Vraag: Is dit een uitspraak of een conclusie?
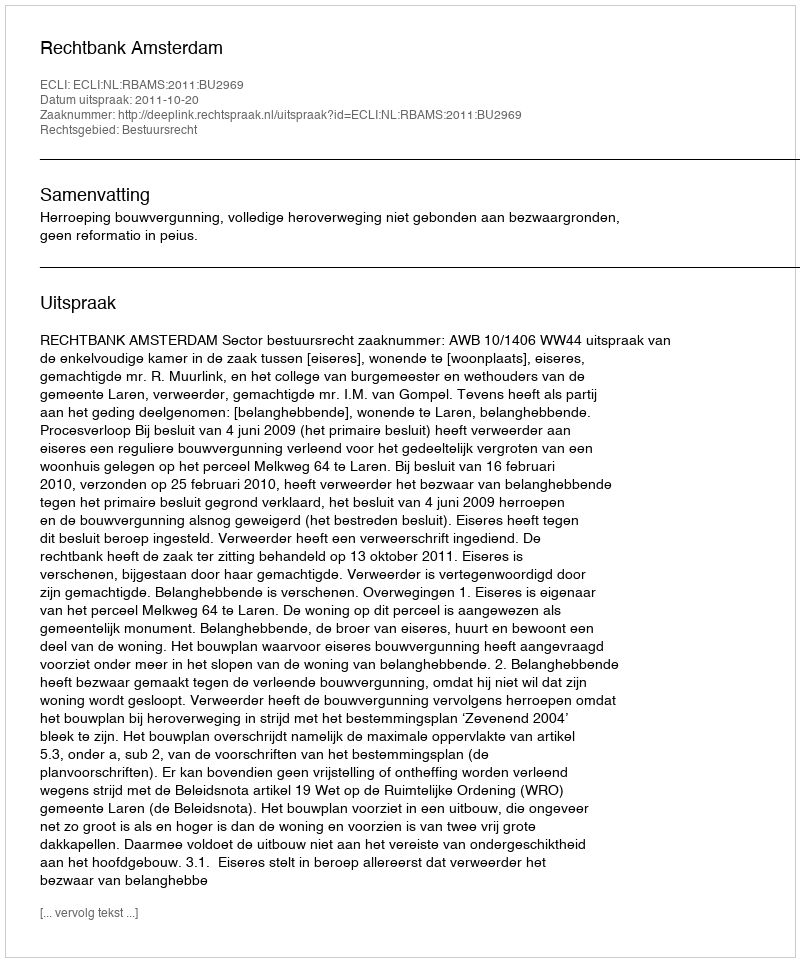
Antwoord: Uitspraak